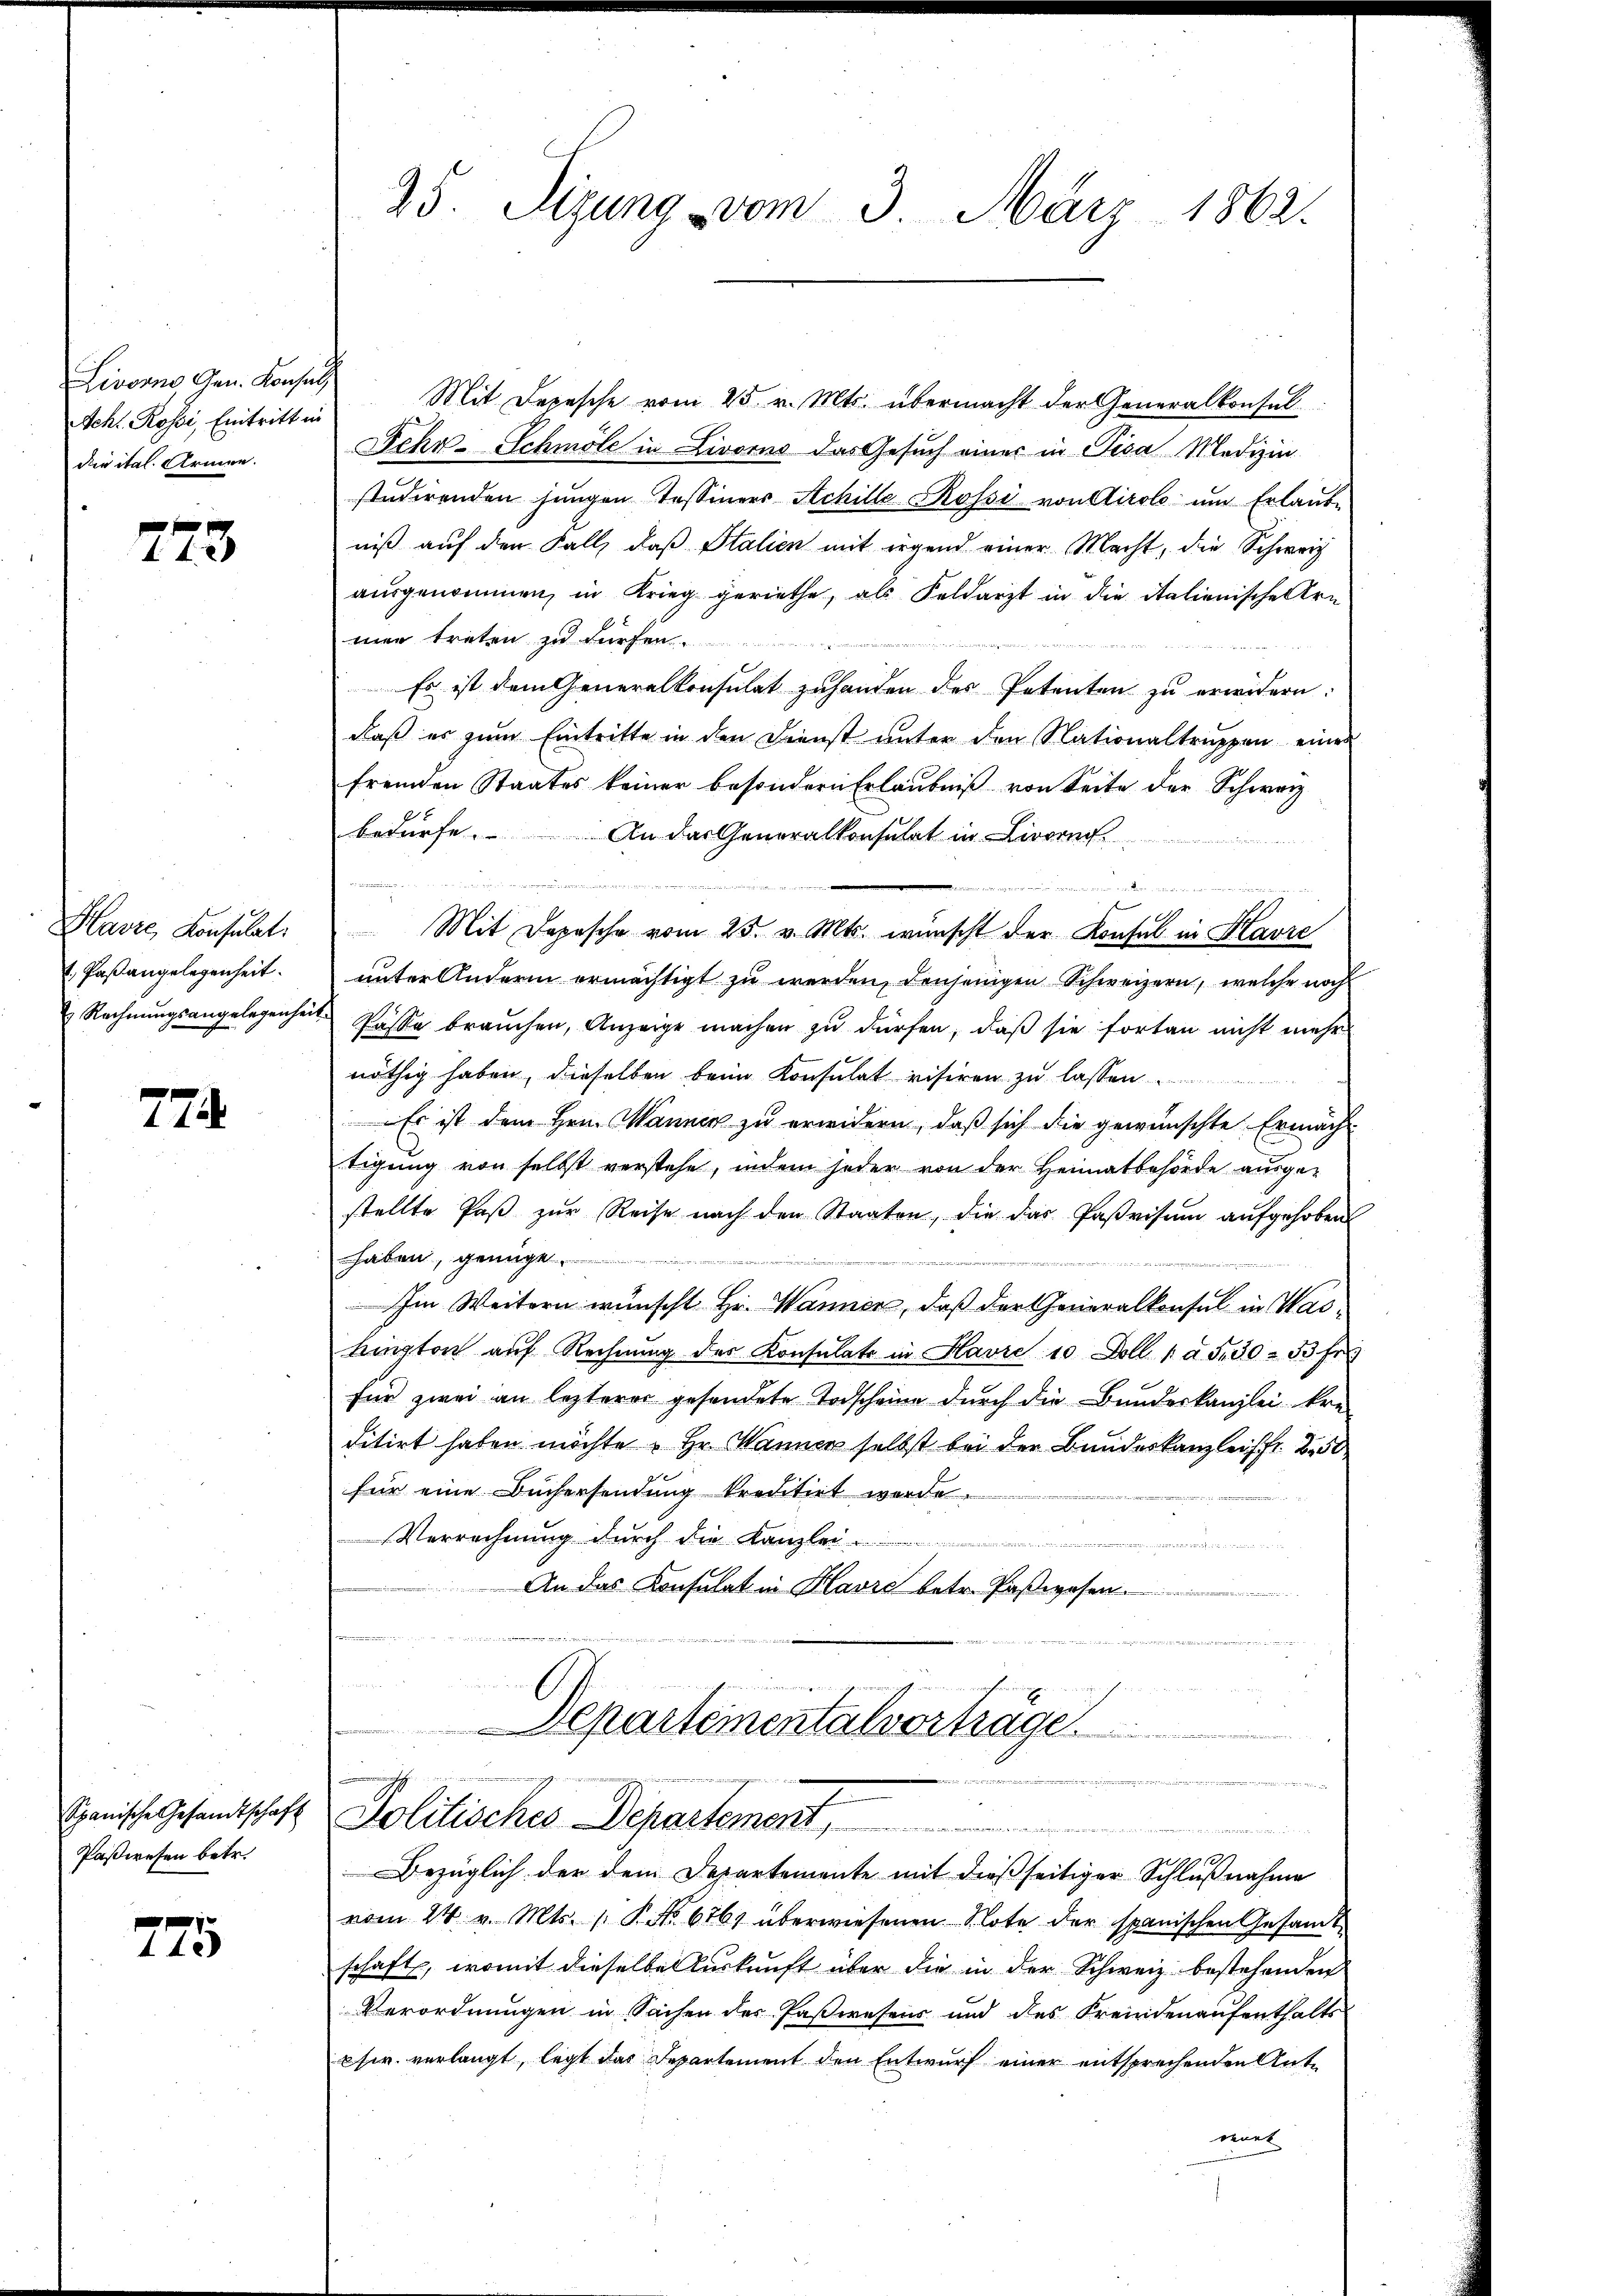
Sch. Rossi, Eintritt in
die ital. Armen.

773

Havre Konsulat
1. Paßangelegenheit.
Rechnungsangelegenheit

774.

Paßwesen betr.

775

35. Sizung vom 3. März 1862.

Livorne Gen. Konsuls Mit Depesche vom 25. v. Mts. übermacht der Generalkonsul
Sehr - Schmöle in Livorno das Gesuch einer in Pisa Medizin
studirenden jungen Tessiners Achille Rossi von Airol um Erlaube
niß auf den Fall, daß Stalien mit irgend einer Macht, die Schweiz
ausgenommen, in Krieg geriethe, als Feldarzt in die italienische Ern
men treten zu fürfen.
Es ist dem Generalkonsulat zuhanden des Petenten zu erwidern:
daß es zum Eintritte in den Dienst unter den Nationaltruppen eines
fremden Staates keiner besondern Erlaubniß von Seite der Schweiz
bedürfe. An das Generalkonsulat in Livorn
i ai v. Kanonen meinem
mitung eineren der einen
d
Mit Depesche vom 25. v. Mts. wünscht der Konsul in Klavie
unter Andern ermächtigt zu werden, denjenigen Schweizern, welche noch
Kasse brauchen, Anzeige machen zu dürfen, daß sie fortan nicht mehr
nöthig haben, dieselben beim Konsulat visiren zu lassen.
Es ist dem Hrn. Manner zu erwidern, daß sich die gewünschte Ermächt
tigung von selbst verstehe, indem jeder von der Heimatbehörde ausge-
stellte Paβ zŭr Reise nach den Staaten, die das Parisŭm aŭfgehoben
haben, genügt
Im Weitern wünscht Hr. Wanner, daß der Generalkonsul in Wastrington auf Rechnung des Konsulate in Havre 10 Doll. 1 u. Fr. 30 - 33 fr
für zwei an lezterer gesendete Todscheine durch die Bundeskanzlei kre-
ditirt haben möchte Hr. Wanner selbst bei der Bundeskanzlei fr. 250
für eine Büchersendung kreditirt werde.
Verrechnung durch die Kanzlei
An das Konsulat in Havre betr. Paßwesen.

Departementalvorträge.
Spanische Gesandschaft Politisches Departement

Bezüglich der dem Departemente mit dießseitiger Schlußnahme
vom 24. v. Mts. 1. No. 676 überwiesenen Klote der spanischen Gesamt
schaft, womit dieselbe Auskunft über die in der Schweiz bestehenden
Verordnungen in Sachen des Paßwesens und des Freindenaufenthalts
sr. verlangt, legt das Departement den Entwurf einer entsprechenden Ante
enet

n